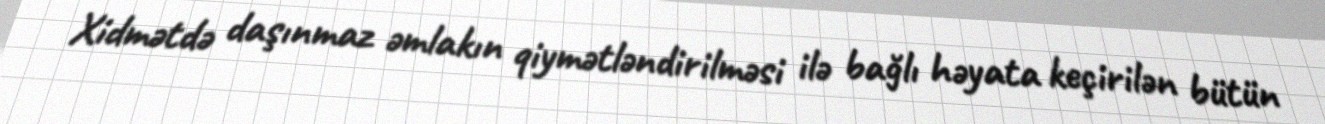
Xidmətdə daşınmaz əmlakın qiymətləndirilməsi ilə bağlı həyata keçirilən bütün